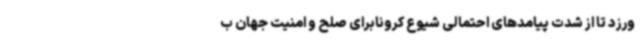
ورزد تا از شدت پیامدهای احتمالی شیوع کرونابرای صلح و امنیت جهان ب